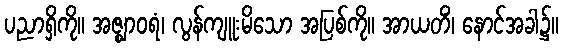
ပညာရှိကို။ အဇ္ဈာဝရံ၊ လွန်ကျူးမိသော အပြစ်ကို။ အာယတိံ၊ နောင်အခါ၌။